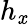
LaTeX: h_{\mathit{x}}